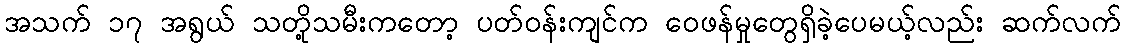
အသက် ၁၇ အရွယ် သတို့သမီးကတော့ ပတ်ဝန်းကျင်က ဝေဖန်မှုတွေရှိခဲ့ပေမယ့်လည်း ဆက်လက်